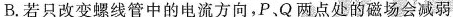
B.若只改变螺线管中的电流方向，P、Q两点处的磁场会减弱